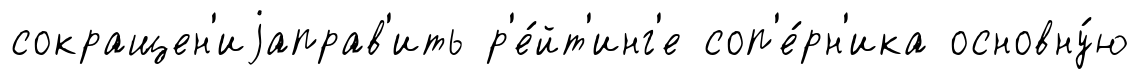
сокращен'иjаправ'ить р'е́йт'инг'е соп'е́рн'ика основну́ю